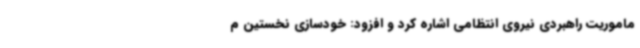
ماموریت راهبردی نیروی انتظامی اشاره کرد و افزود: خودسازی نخستین م